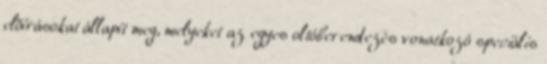
elõírásokat állapít meg, melyeket az egyes oltóberendezés vonatkozó speciális